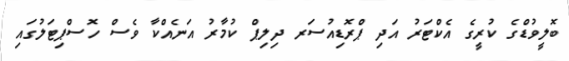
ބޮލީވުޑްގެ ކުރީގެ އެކްޓަރު އަދި ޕްރޮޑިއުސަރ ދިލިޕް ކުމާރު އަނެއްކާ ވެސް ހޮސްޕިޓަލުގައި